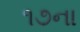
૧૭ના